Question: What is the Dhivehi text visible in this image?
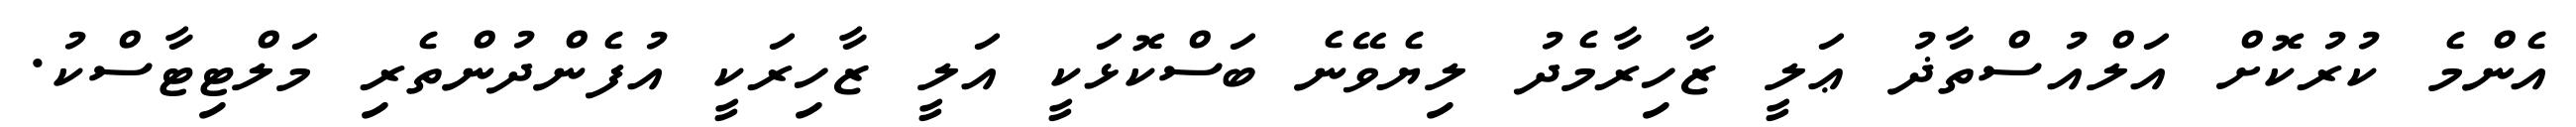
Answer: އެންމެ ކުރުކޮށް އަލްއުސްތާޛު ޢަލީ ޒާހިރާމެދު ލިޔެވޭނެ ބަސްކޮޅަކީ އަލީ ޒާހިރަކީ އުފެންދުންތެރި މަލްޓިޓާސްކު.